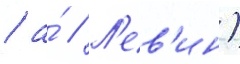
/ а́ // Л'ев'ин)